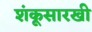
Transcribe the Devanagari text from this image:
शंकूसारखी